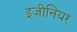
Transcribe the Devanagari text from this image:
इ़जीनियर